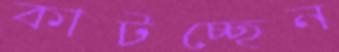
কাটচ্ছেন